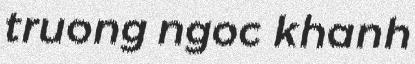
truong ngoc khanh